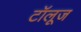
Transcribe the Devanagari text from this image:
टॉलूज